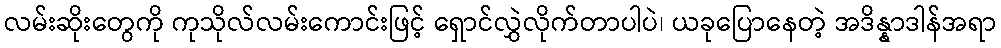
လမ်းဆိုးတွေကို ကုသိုလ်လမ်းကောင်းဖြင့် ရှောင်လွှဲလိုက်တာပါပဲ၊ ယခုပြောနေတဲ့ အဒိန္နာဒါန်အရာ